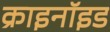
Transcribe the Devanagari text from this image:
क्राइनॉइड